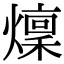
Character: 燣